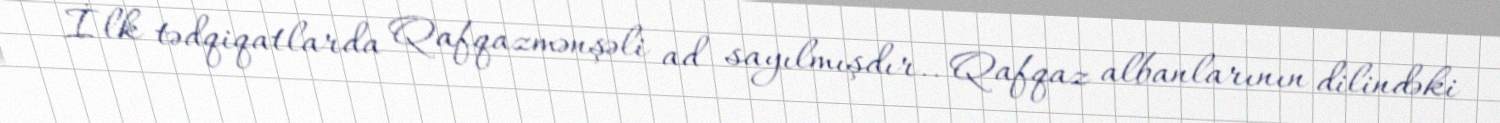
İlk tədqiqatlarda Qafqazmənşəli ad sayılmışdır.. Qafqaz albanlarının dilindəki